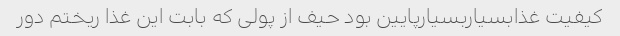
کیفیت غذابسیاربسیارپایین بود حیف از پولی که بابت این غذا ریختم دور